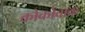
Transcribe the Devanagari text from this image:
कोकोवाक